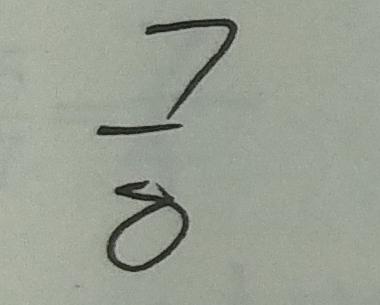
\frac { 7 } { 8 }